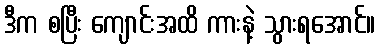
ဒီက စပြီး ကျောင်းအထိ ကားနဲ့ သွားရအောင်။